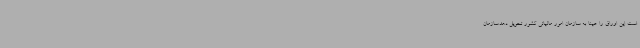
است این اوراق را عینا به سازمان امور مالیاتی کشور تحویل دهد.سازمان